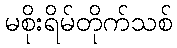
မစိုးရိမ်တိုက်သစ်